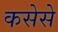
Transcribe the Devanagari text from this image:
कसेसे